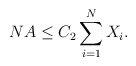
\begin{align*} N A \le C_2 \sum_{i=1}^N X_i.\end{align*}